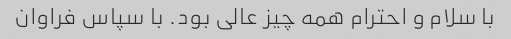
با سلام و احترام همه چیز عالی بود. با سپاس فراوان